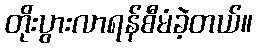
တိုးပွားလာရန်စီမံခဲ့တယ်။